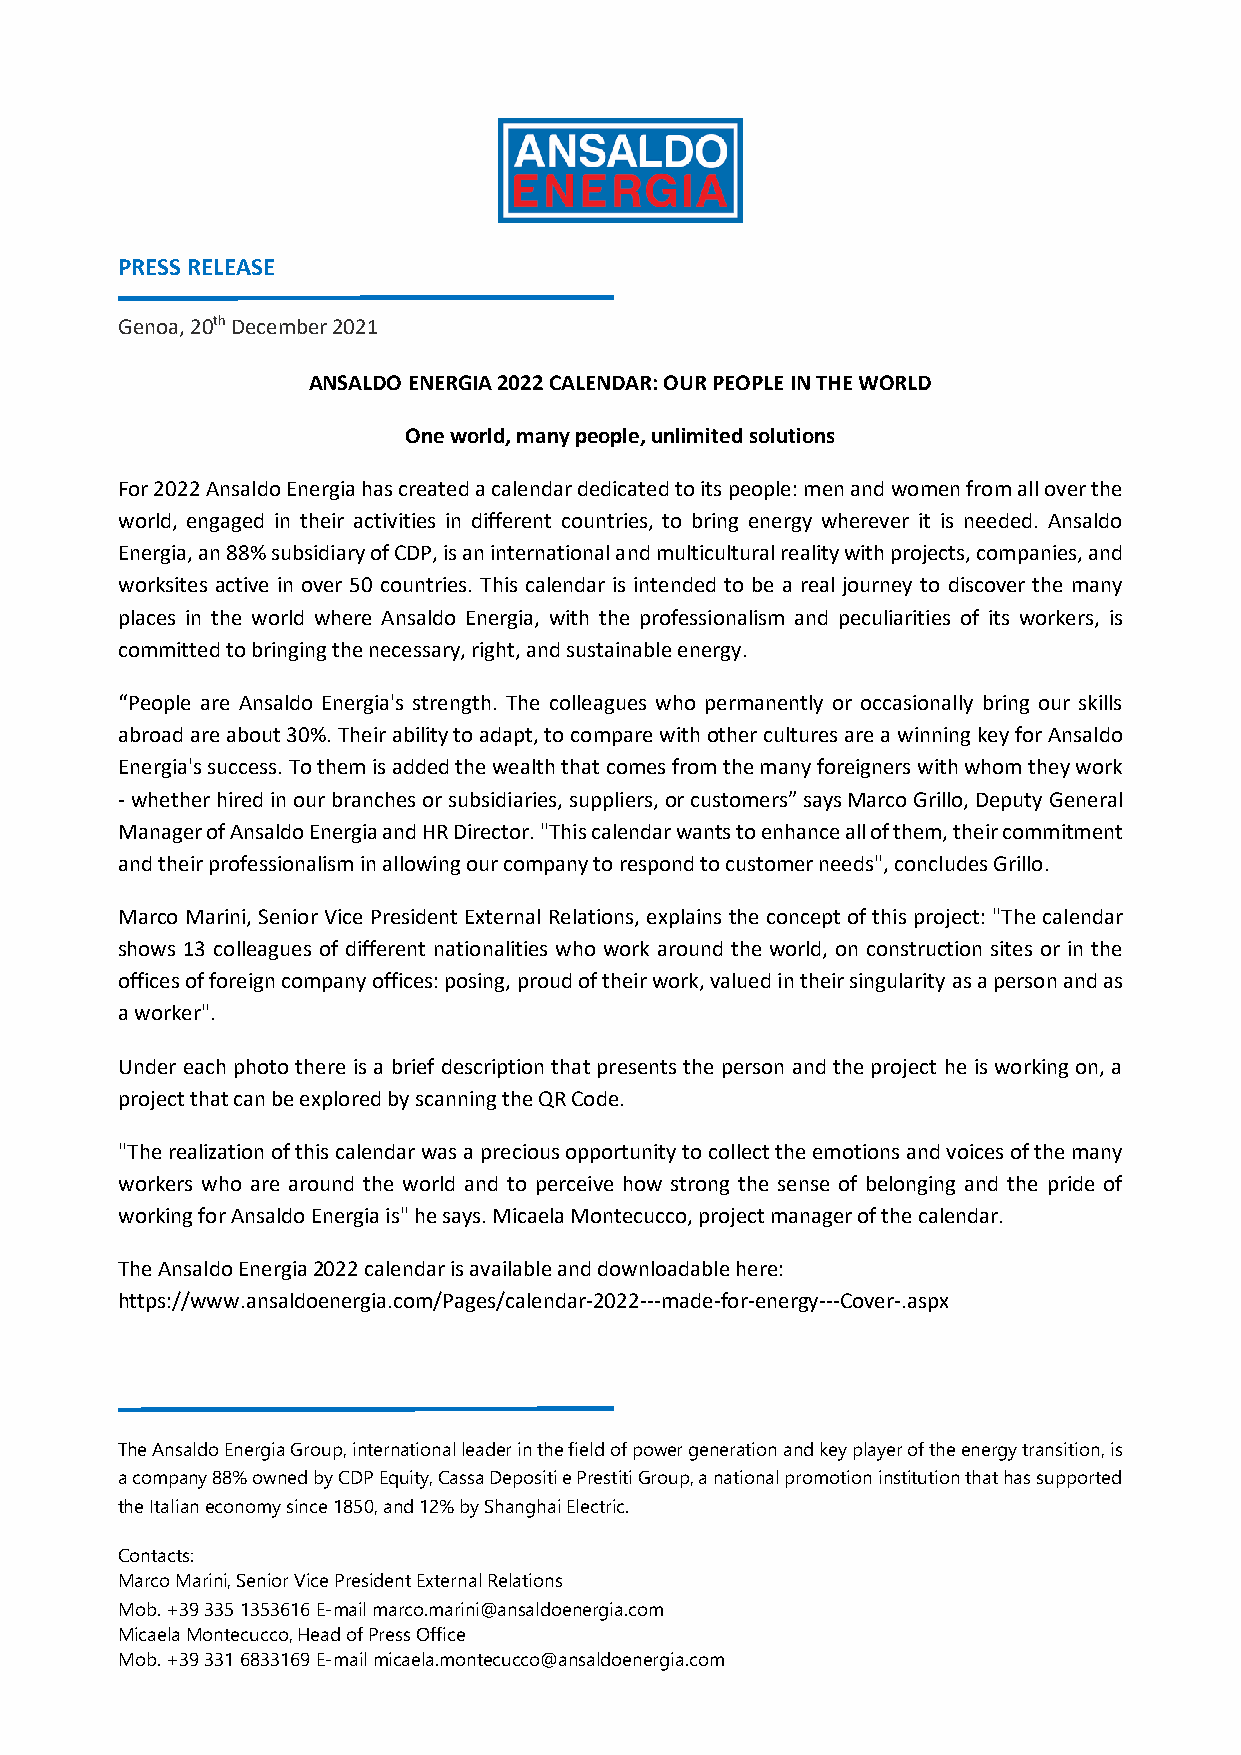
PRESS RELEASE
 Genoa, 20th December 2021
 ANSALDO ENERGIA 2022 CALENDAR: OUR PEOPLE IN THE WORLD
 One world, many people, unlimited solutions
 For 2022 Ansaldo Energia has created a calendar dedicated to its people: men and women from all over the
 world, engaged in their activities in different countries, to bring energy wherever it is needed. Ansaldo
 Energia, an 88% subsidiary of CDP, is an international and multicultural reality with projects, companies, and
 worksites active in over 50 countries. This calendar is intended to be a real journey to discover the many
 places in the world where Ansaldo Energia, with the professionalism and peculiarities of its workers, is
 committed to bringing the necessary, right, and sustainable energy.
 “People are Ansaldo Energia's strength. The colleagues who permanently or occasionally bring our skills
 abroad are about 30%. Their ability to adapt, to compare with other cultures are a winning key for Ansaldo
 Energia's success. To them is added the wealth that comes from the many foreigners with whom they work
 - whether hired in our branches or subsidiaries, suppliers, or customers” says Marco Grillo, Deputy General
 Manager of Ansaldo Energia and HR Director. "This calendar wants to enhance all of them, their commitment
 and their professionalism in allowing our company to respond to customer needs", concludes Grillo.
 Marco Marini, Senior Vice President External Relations, explains the concept of this project: "The calendar
 shows 13 colleagues of different nationalities who work around the world, on construction sites or in the
 offices of foreign company offices: posing, proud of their work, valued in their singularity as a person and as
 a worker".
 Under each photo there is a brief description that presents the person and the project he is working on, a
 project that can be explored by scanning the QR Code.
 "The realization of this calendar was a precious opportunity to collect the emotions and voices of the many
 workers who are around the world and to perceive how strong the sense of belonging and the pride of
 working for Ansaldo Energia is" he says. Micaela Montecucco, project manager of the calendar.
 The Ansaldo Energia 2022 calendar is available and downloadable here:
 https://www.ansaldoenergia.com/Pages/calendar-2022---made-for-energy---Cover-.aspx
 The Ansaldo Energia Group, international leader in the field of power generation and key player of the energy transition, is
 a company 88% owned by CDP Equity, Cassa Depositi e Prestiti Group, a national promotion institution that has supported
 the Italian economy since 1850, and 12% by Shanghai Electric.
 Contacts:
 Marco Marini, Senior Vice President External Relations
 Mob. +39 335 1353616 E-mail marco.marini@ansaldoenergia.com
 Micaela Montecucco, Head of Press Office
 Mob. +39 331 6833169 E-mail micaela.montecucco@ansaldoenergia.com